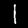
Digit: 1